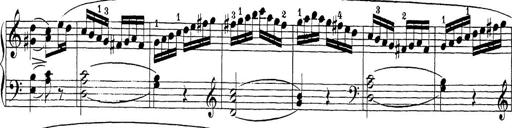
Title: Sonatina Album
Composer: Louis KÃ¶hler